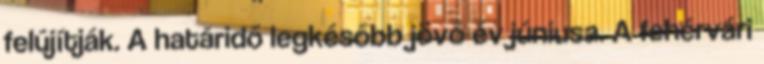
felújítják. A határidő legkésőbb jövő év júniusa. A fehérvári